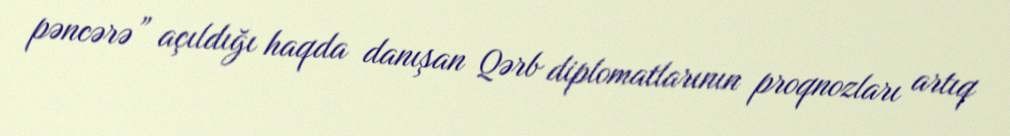
pəncərə” açıldığı haqda danışan Qərb diplomatlarının proqnozları artıq